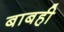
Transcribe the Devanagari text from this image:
बाबही